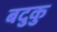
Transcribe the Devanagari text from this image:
बदुकु